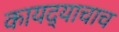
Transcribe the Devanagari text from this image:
कायद्याचाच